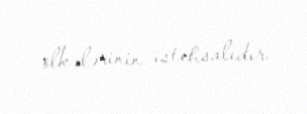
ölkələrinin istehsalıdır.